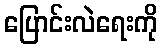
ပြောင်းလဲရေးကို